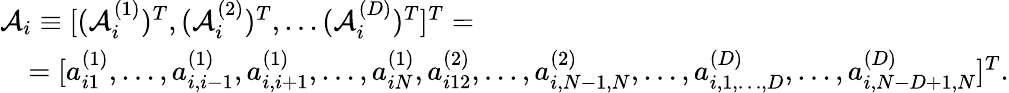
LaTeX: \begin{array}{l}{\mathcal{A}_{i}\equiv[(\mathcal{A}_{i}^{(1)})^{T},(\mathcal{A}_{i}^{(2)})^{T},\ldots(\mathcal{A}_{i}^{(D)})^{T}]^{T}=}\\ {\quad=[a_{i1}^{(1)},\ldots,a_{i,i-1}^{(1)},a_{i,i+1}^{(1)},\ldots,a_{iN}^{(1)},a_{i12}^{(2)},\ldots,a_{i,N-1,N}^{(2)},\ldots,a_{i,1,\ldots,D}^{(D)},\ldots,a_{i,N-D+1,N}^{(D)}]^{T}.}\end{array}